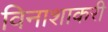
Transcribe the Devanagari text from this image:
विनाशाकरी